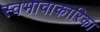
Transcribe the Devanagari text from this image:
स्वभावाकारिका